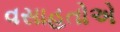
વસાહતોએ